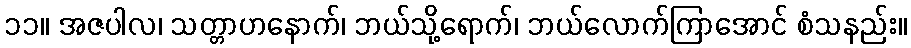
၁၁။ အဇပါလ၊ သတ္တာဟနောက်၊ ဘယ်သို့ရောက်၊ ဘယ်လောက်ကြာအောင် စံသနည်း။